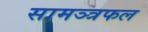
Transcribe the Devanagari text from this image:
सामञ्त्रफल